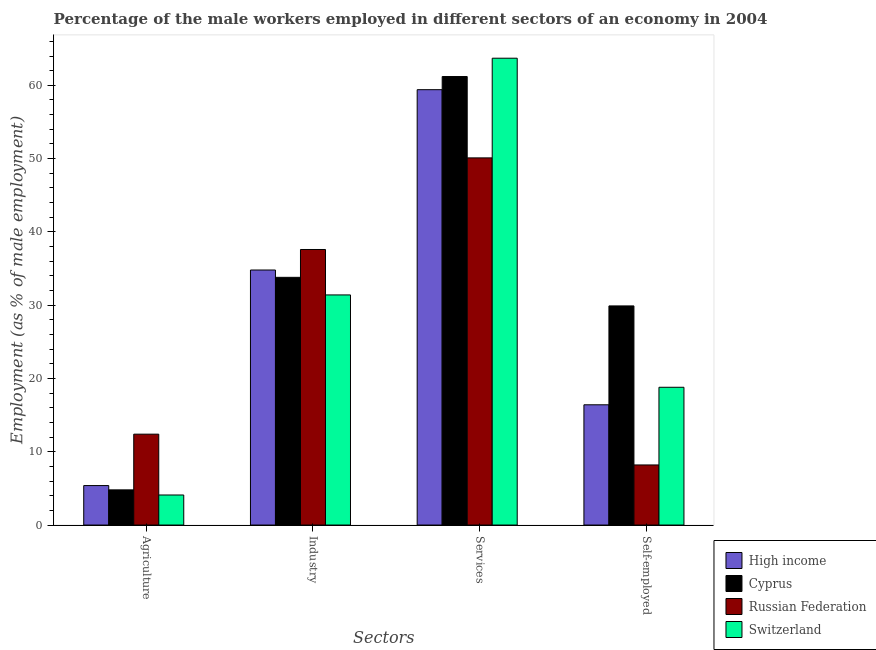
| Sectors | High income | Cyprus | Russian Federation | Switzerland |
 | --- | --- | --- | --- | --- |
 | Agriculture | 5.39 | 4.8 | 12.4 | 4.1 |
 | Industry | 34.8 | 33.8 | 37.6 | 31.4 |
 | Services | 59.4 | 61.2 | 50.1 | 63.7 |
 | Self-employed | 16.4 | 29.9 | 8.2 | 18.8 |